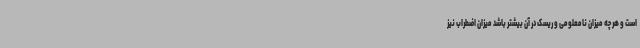
است و هر چه میزان نامعلومی و ریسک در آن بیشتر باشد میزان اضطراب نیز